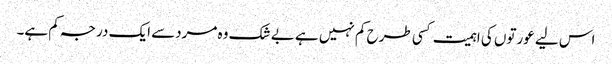
اس لیے عورتوں کی اہمیت کسی طرح کم نہیں ہے بے شک وہ مردسے ایک درجہ کم ہے۔